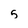
Character: 5